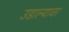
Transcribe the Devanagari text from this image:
उडाल्यावर